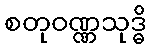
စတုဝဏ္ဏသုဒ္ဓိ